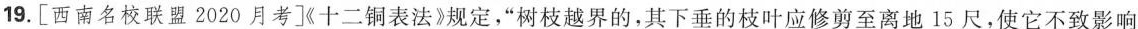
19. [西南名校联盟2020月考]《十二铜表法》规定，“树枝越界的，其下垂的枝叶应修剪至离地 15 尺，使它不致影响